Leaving Certificate Examination, 1922
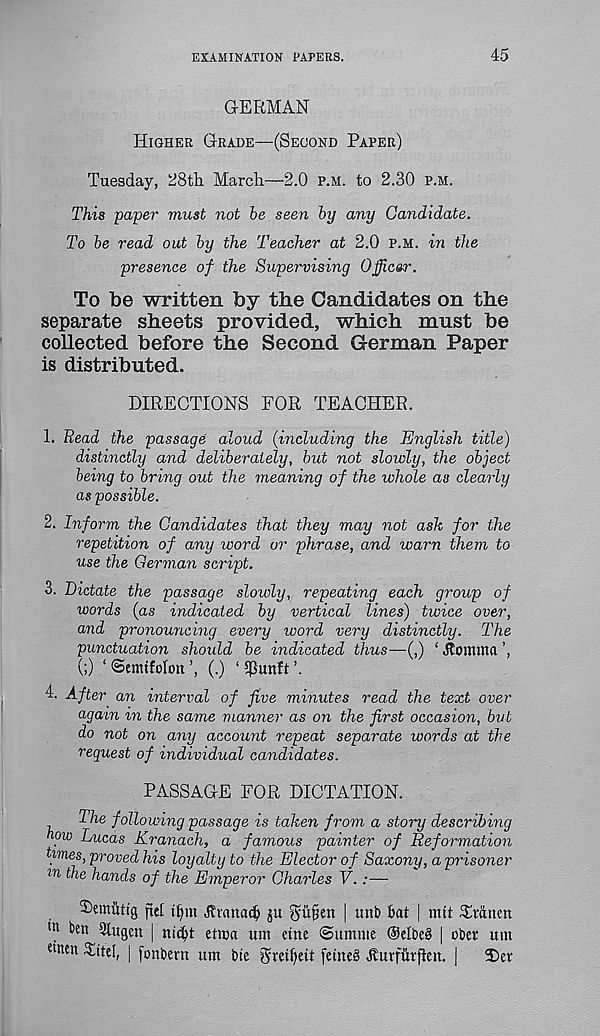
EXAMINATION PAPERS.
45
GERMAN
Higher Grade—(Second Paper)
Tuesday, 28th March—2.0 p.m. to 2.30 p.m.
This paper must not he seen hy any Candidate.
To he read out hy the Teacher at 2.0 p.m. in the
presence of the Supervising Officsr.
To be written by the Candidates on the
separate sheets provided, which must be
collected before the Second German Paper
is distributed.
DIRECTIONS FOR TEACHER.
1. Bead the passage aloud (including the English title)
distinctly and deliherately, but not slowly, the object
being to bring out the meaning of the whole as clearly
as possible.
2. Inform the Candidates that they may not ask for the
repetition of any word or phrase, and warn them to
use the German script.
3. Dictate the passage sloivly, repeating each group of
words (as indicated by vertical lines) twice over,
and pronouncing every word very distinctly. The
punctuation should be indicated thus—(,) ‘ JTomma
(;) ‘ (Setmfolott (.) 1 5J}unft ’.
4. After an interval of five minutes read the text over
again in the same manner as on the first occasion, but
do not on any account repeat separate words at the
request of individual candidates.
PASSAGE FOR DICTATION.
The following passage is taken from a story describing
how Lucas Kranach, a famous painter of Reformation
times, proved his loyalty to the Elector of Saxony, a prisoner
ln the hands of the Emperor Charles V. :—
3)emiittg ftet tf)m Jtvanac^ ju
| unb bat | nut Shanett
m ^e n 5tugen | nidh ettna um cine ©itmme @elbe§ | ober um
dntn Titel, | fonbern um bte gmfyeit fetne§ Jluvfiitften. |
2Der